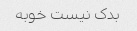
بدک نیست خوبه